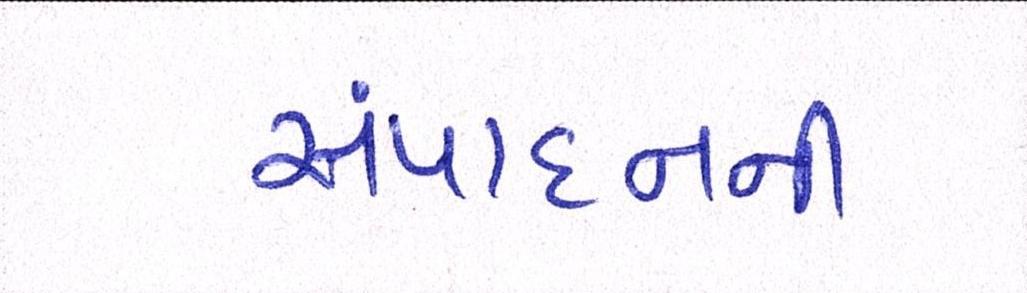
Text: સંપાદનની